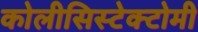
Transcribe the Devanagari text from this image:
कोलीसिस्टेक्टोमी